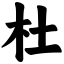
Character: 杜